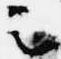
云